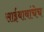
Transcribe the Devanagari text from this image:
साईबाबांचेच